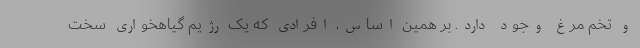
و تخم مرغ وجود دارد. بر همین اساس، افرادی که یک رژیم گیاهخواری سخت